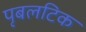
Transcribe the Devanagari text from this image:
पृबलटिक